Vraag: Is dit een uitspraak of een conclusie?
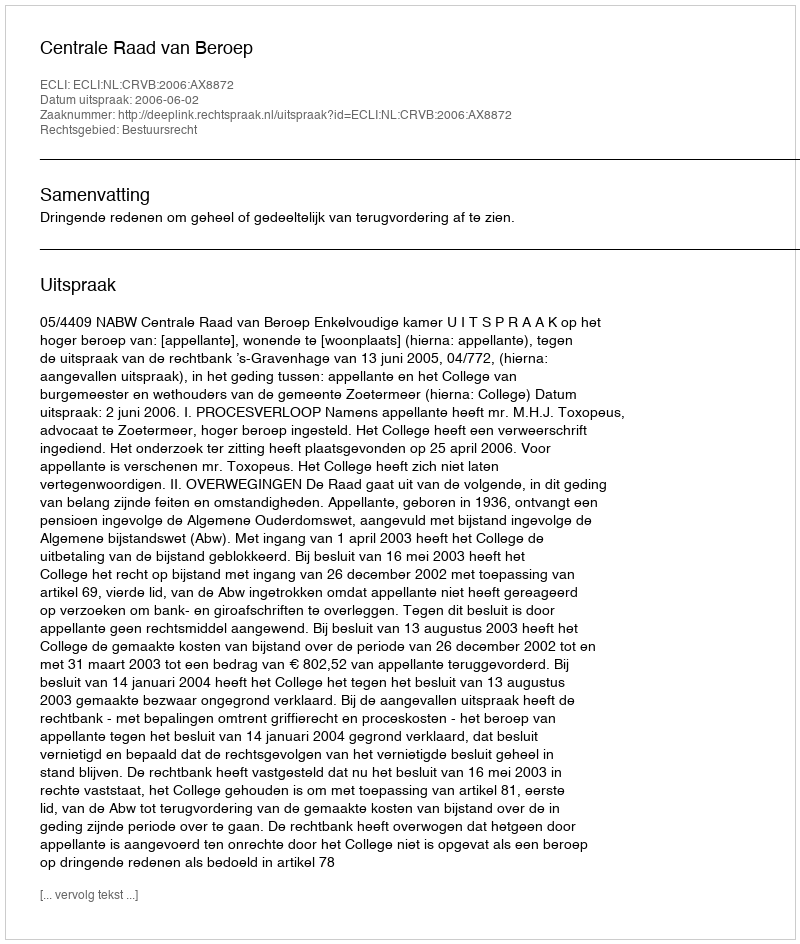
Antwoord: Uitspraak